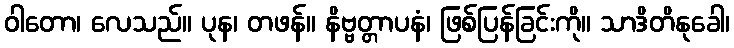
ဝါတော၊ လေသည်။ ပုန၊ တဖန်။ နိဗ္ဗတ္တာပနံ၊ ဖြစ်ပြန်ခြင်းကို။ သာဒိတိနုခေါ၊